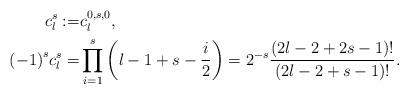
LaTeX: \begin{align*} c^{s}_l : = & c_{l}^{0,s,0},\\ {(-1)}^{s} c^{s}_l = & \prod _{i=1}^{s}\left(l-1+s -\frac{i}{2} \right) = 2^{-s}\frac{(2l-2 +2s-1)!}{(2l-2+s-1)!}.\end{align*}